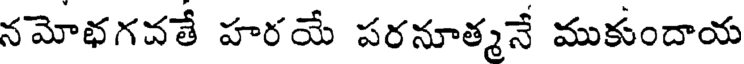
నమోభగవతే హరయే పరనూత్మనే ముకుందాయ